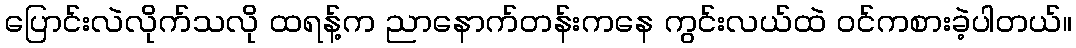
ပြောင်းလဲလိုက်သလို ထရန့်က ညာနောက်တန်းကနေ ကွင်းလယ်ထဲ ဝင်ကစားခဲ့ပါတယ်။